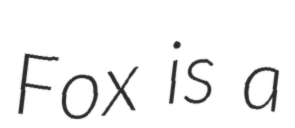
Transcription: Fox is a